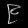
Digit: ၉